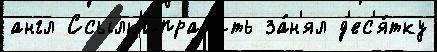
англ Ссылк'иправ'ить за́н'ял д'ес'я́тку